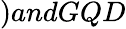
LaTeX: )andGQD